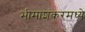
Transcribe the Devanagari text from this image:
भीमाशंकरमध्ये